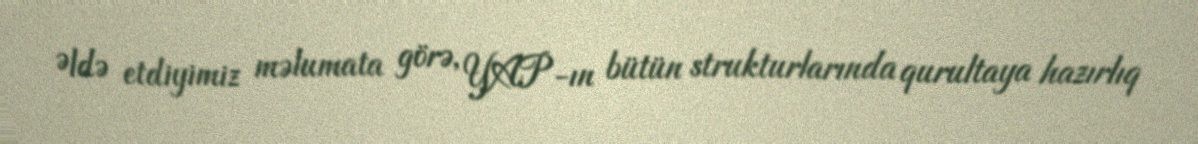
Əldə etdiyimiz məlumata görə, YAP-ın bütün strukturlarında qurultaya hazırlıq